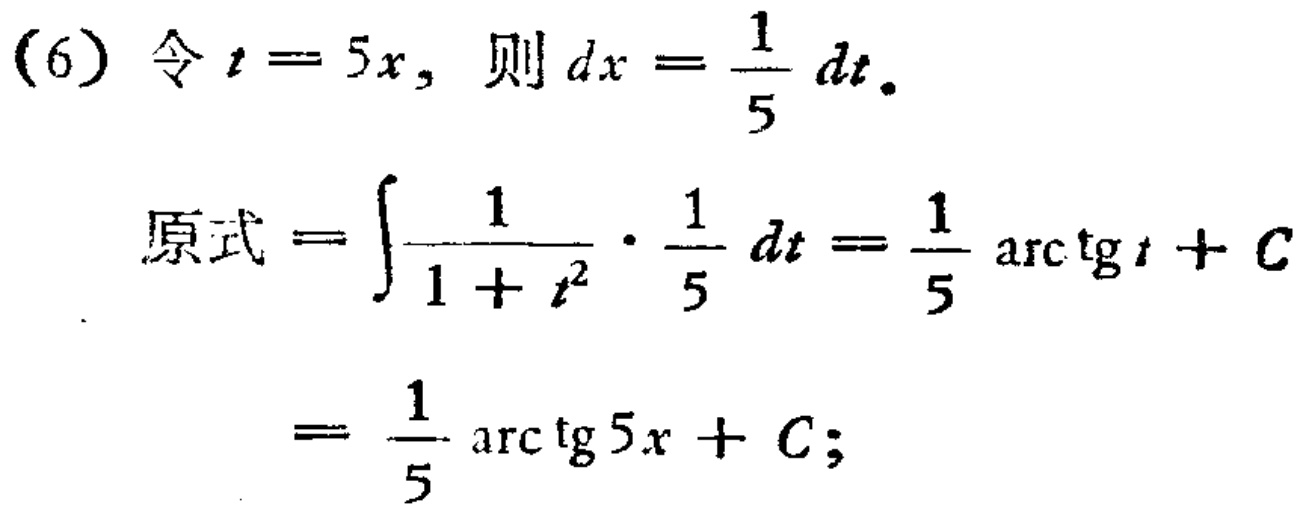
(6) 令 \(t = 5x\)，则 \(dx=\frac{1}{5}dt\).
\[
\begin{align*}
\text{原式}&=\int\frac{1}{1 + t^{2}}\cdot\frac{1}{5}dt=\frac{1}{5}\arctan t + C\\
&=\frac{1}{5}\arctan 5x + C;
\end{align*}
\]